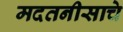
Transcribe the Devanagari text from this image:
मदतनीसाचे